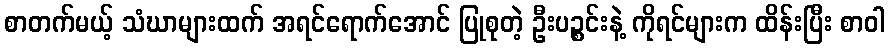
စာတက်မယ့် သံဃာများထက် အရင်ရောက်အောင် ပြုစုတဲ့ ဦးပဉ္စင်းနဲ့ ကိုရင်များက ထိန်းပြီး စာဝါ